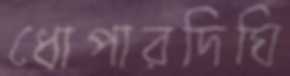
ধোপারদিঘি